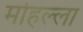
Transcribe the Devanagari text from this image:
मोहल्‍ला